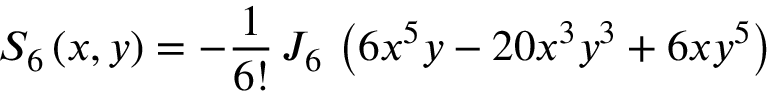
S _ { 6 } \left( x , y \right) = - \frac { 1 } { 6 ! } \, J _ { 6 } \, \left( 6 x ^ { 5 } y - 2 0 x ^ { 3 } y ^ { 3 } + 6 x y ^ { 5 } \right)